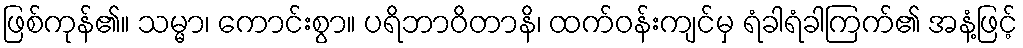
ဖြစ်ကုန်၏။ သမ္မာ၊ ကောင်းစွာ။ ပရိဘာဝိတာနိ၊ ထက်ဝန်းကျင်မှ ရံခါရံခါကြက်၏ အနံ့ဖြင့်